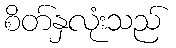
စိတ်နှလုံးသည်